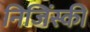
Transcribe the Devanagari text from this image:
निजिंस्की